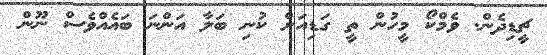
ޗީޑިދެން. ވެމްކޯ މީހުން ތީ ގަޑިއަށް ކުނި ބަލާ އަންނަ ބައެއްވެސް ނޫން